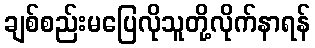
ချစ်စည်းမပြေလိုသူတို့လိုက်နာရန်